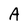
Character: A